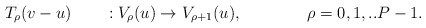
\begin{align*} T_\rho(v-u) \qquad : V_\rho(u) \rightarrow V_{\rho+1}(u), \qquad \qquad \rho=0,1,..P-1.\end{align*}